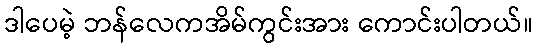
ဒါပေမဲ့ ဘန်လေကအိမ်ကွင်းအား ကောင်းပါတယ်။